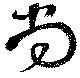
尚